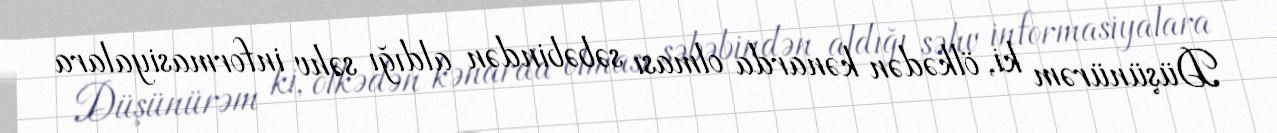
Düşünürəm ki, ölkədən kənarda olması səbəbindən aldığı səhv informasiyalara